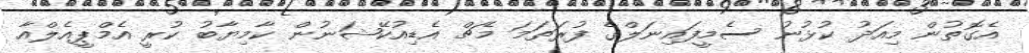
އެގޮތުން މިއަދު ކުޅުނު ސެމީފައިނަލްގެ ފުރަތަމަ މެޗް އެޑިއުކޭޝަނުން ކާމިޔާބު ކުރީ އެމްޕީއެލްއާ